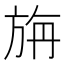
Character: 旃